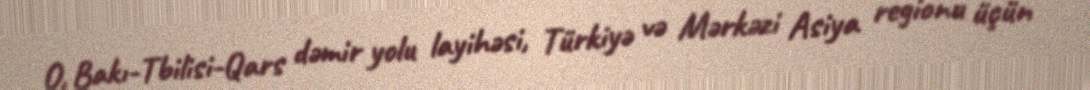
O, Bakı-Tbilisi-Qars dəmir yolu layihəsi, Türkiyə və Mərkəzi Asiya regionu üçün